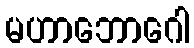
မဟာဘောဂေါ